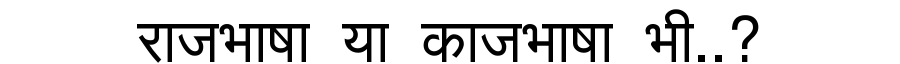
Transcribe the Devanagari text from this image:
राजभाषा या काजभाषा भी..?